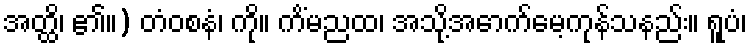
အတ္ထိ၊ ၏။) တံဝစနံ၊ ကို။ ကိံမညထ၊ အသို့အောက်မေ့ကုန်သနည်း။ ရူပံ၊